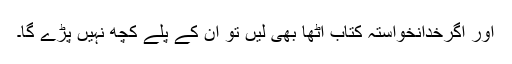
اور اگرخدانخواستہ کتاب اٹھا بھی لیں تو ان کے پلّے کچھ نہیں پڑے گا۔